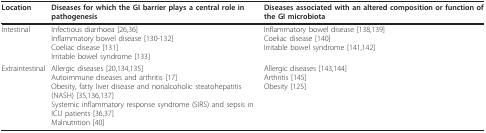
<table><thead><tr><td><b>Location</b></td><td><b>Diseases for which the GI barrier plays a central role in pathogenesis</b></td><td><b>Diseases associated with an altered composition or function of the GI microbiota</b></td></tr></thead><tbody><tr><td>Intestinal</td><td>Infectious diarrhoea [26,36]Inflammatory bowel disease [130-132]Coeliac disease [131]Irritable bowel syndrome [133]</td><td>Inflammatory bowel disease [138,139]Coeliac disease [140]Irritable bowel syndrome [141,142]</td></tr><tr><td>Extraintestinal</td><td>Allergic diseases [20,134,135]Autoimmune diseases and arthritis [17]Obesity, fatty liver disease and nonalcoholic steatohepatitis (NASH) [35,136,137]Systemic inflammatory response syndrome (SIRS) and sepsis in ICU patients [36,37]Malnutrition [40]</td><td>Allergic diseases [143,144]Arthritis [145]Obesity [125]</td></tr></tbody></table>